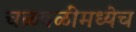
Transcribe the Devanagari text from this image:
चळवळींमध्येच